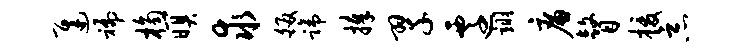
迟褊桷暝求皈蹄捧翠迁翊廉瞽援恶